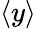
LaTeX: \langle y\rangle